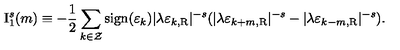
\mathrm { I } _ { 1 } ^ { s } ( m ) \equiv - \frac { 1 } { 2 } \sum _ { k \in \cal Z } \mathrm { s i g n } ( \varepsilon _ { k } ) | \lambda \varepsilon _ { k , \mathrm { R } } | ^ { - s } ( | \lambda \varepsilon _ { k + m , \mathrm { R } } | ^ { - s } - | \lambda \varepsilon _ { k - m , \mathrm { R } } | ^ { - s } ) .